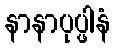
နာနာပုပ္ဖါနံ